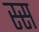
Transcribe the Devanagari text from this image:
स्स